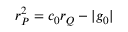
r _ { P } ^ { 2 } = c _ { 0 } r _ { Q } - | g _ { 0 } |